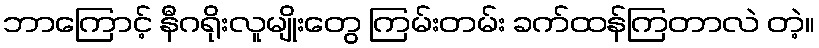
ဘာကြောင့် နီဂရိုးလူမျိုးတွေ ကြမ်းတမ်း ခက်ထန်ကြတာလဲ တဲ့။